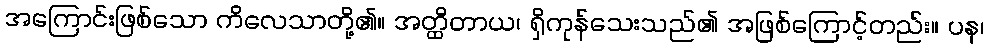
အကြောင်းဖြစ်သော ကိလေသာတို့၏။ အတ္ထိတာယ၊ ရှိကုန်သေးသည်၏ အဖြစ်ကြောင့်တည်း။ ပန၊